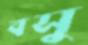
বসু